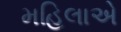
મહિલાએ